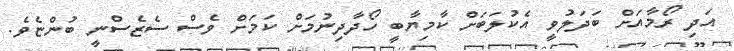
އަދި ރޯމާއަށް ބަދަލުވީ އެކުލަބަށް ކާމިޔާބީ ހޯދާދިނުމަށް ކަމަށް ވެސް ސެޒެސްނީ ބުންޏެވެ.